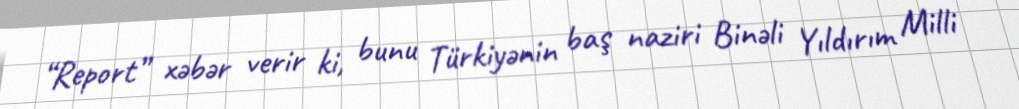
“Report” xəbər verir ki, bunu Türkiyənin baş naziri Binəli Yıldırım Milli